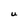
Character: U